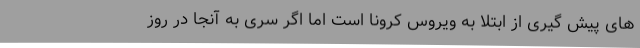
های پیش گیری از ابتلا به ویروس کرونا است اما اگر سری به آنجا در روز